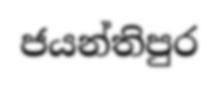
ජයන්තිපුර